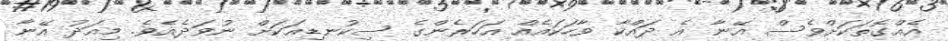
އެއްގޮތަކަށްވެސް އޭނާ އެ ދައްކާ ވާހަކައެއް އަހަރެންގެ ސިކުނޑިއަކަށް ނުވަދެއެވެ. މިއަދު އޭނާ